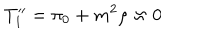
LaTeX: T _ { 1 } ^ { \prime \prime } = \pi _ { 0 } + m ^ { 2 } \rho \approx 0